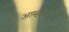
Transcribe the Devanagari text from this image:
आम्हांवर।